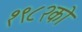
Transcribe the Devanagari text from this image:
१९८२को